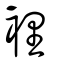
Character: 裡